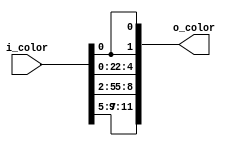
module palette
	(
		output wire [11:0] o_color,
		input wire [7:0] i_color
	);

	// body
	// 3-bit read to 4-bit red, 3-bit green to 4-bit green
	// 2-bit blue to 4-bit blue
	assign o_color =
		{i_color[7:5], i_color[5],
		 i_color[4:2], i_color[2],
		 i_color[1:0], i_color[0], i_color[0]};
endmodule